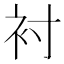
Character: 衬